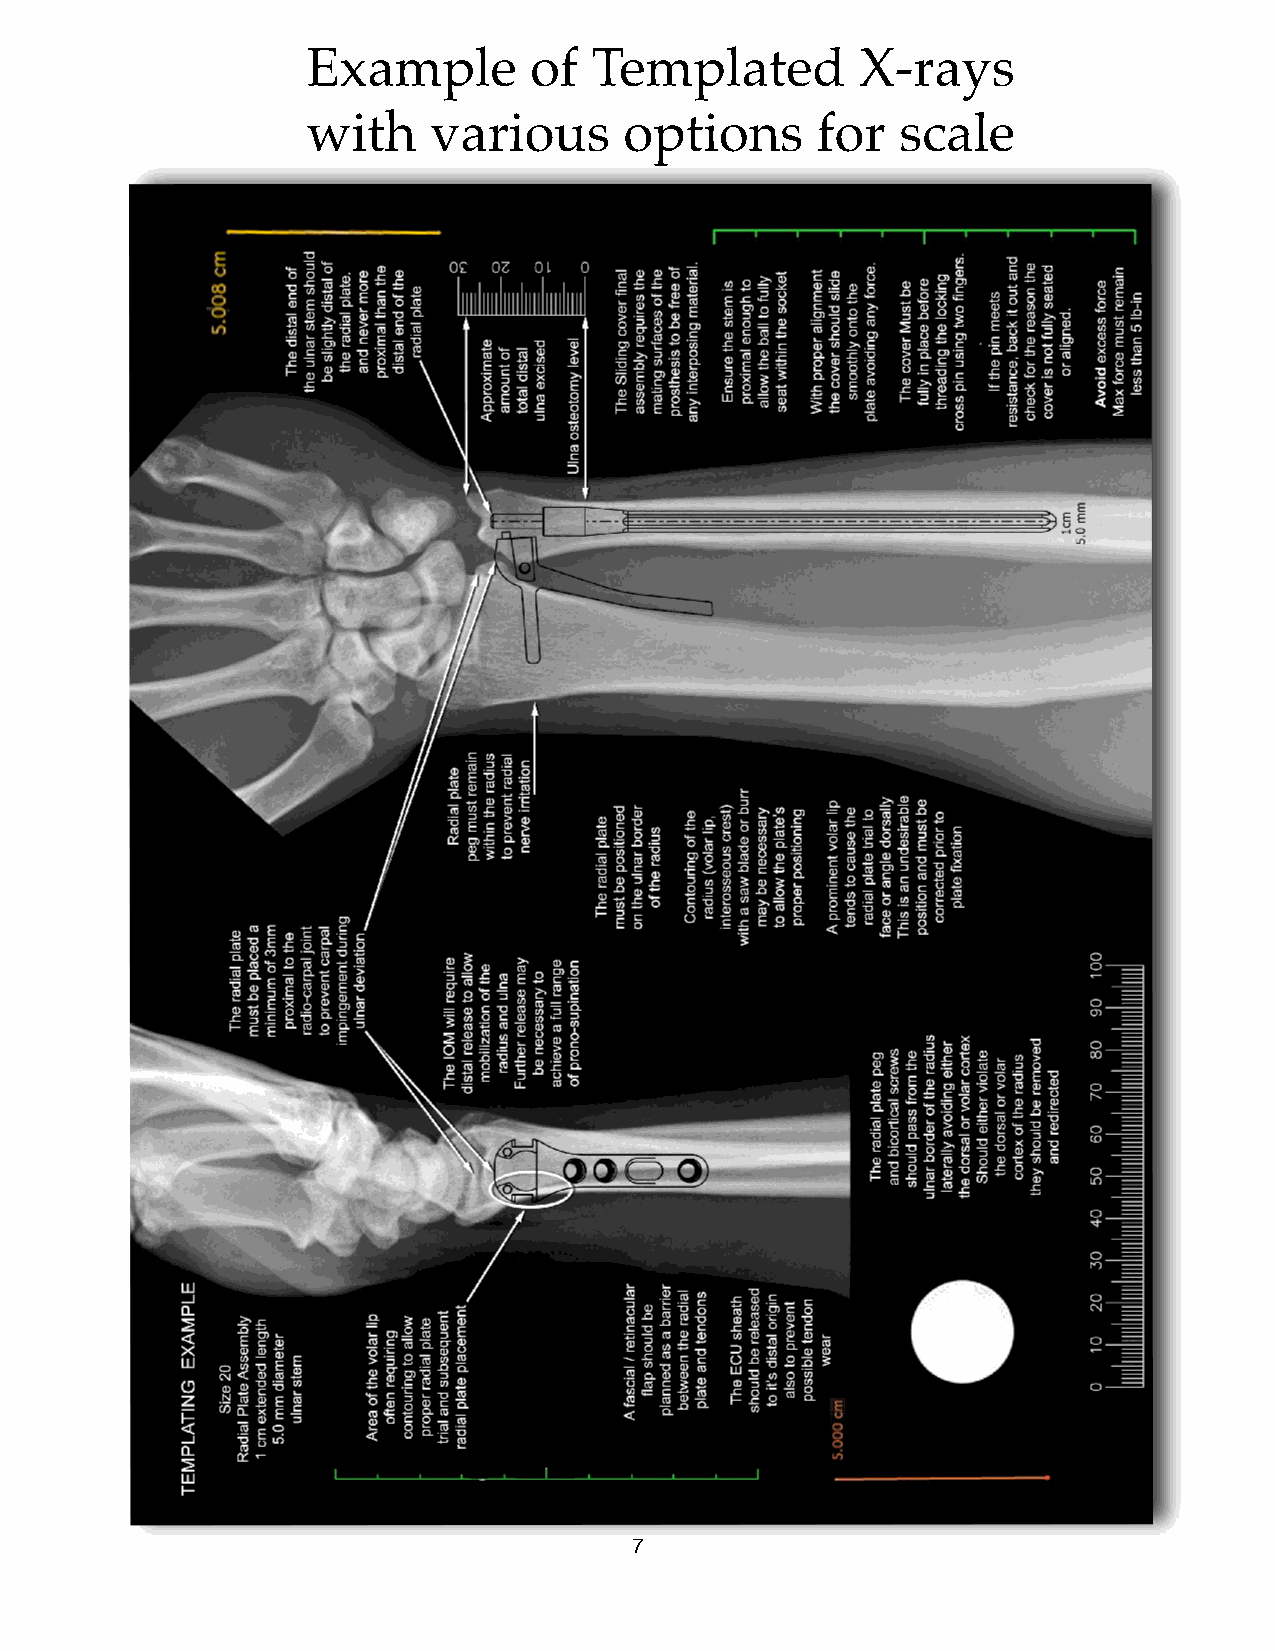
Example        of  Templated         X-rays
 with    various      options      for   scale
 7